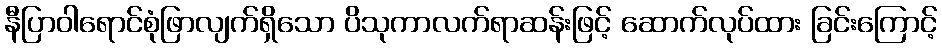
နီပြာဝါရောင်စုံဖြာလျက်ရှိသော ပိသုကာလက်ရာဆန်းဖြင့် ဆောက်လုပ်ထား ခြင်းကြောင့်